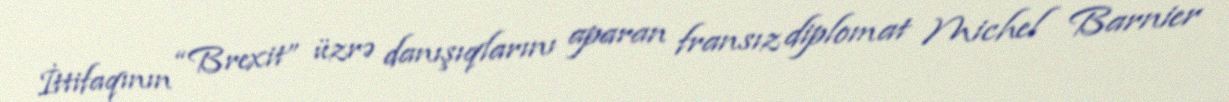
İttifaqının “Brexit” üzrə danışıqlarını aparan fransız diplomat Michel Barnier